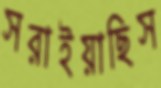
সরাইয়াছিস